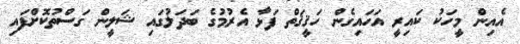
އެއިން މީހަކު ކައިރީ އަހައިގެން ހަޤީޤަތް ފަޅާ އެރުމުގެ ބަދަލުގައި ޝަލީން ގަސްތުކޮށްފައި